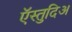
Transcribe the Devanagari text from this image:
ऍस्तुदिअ